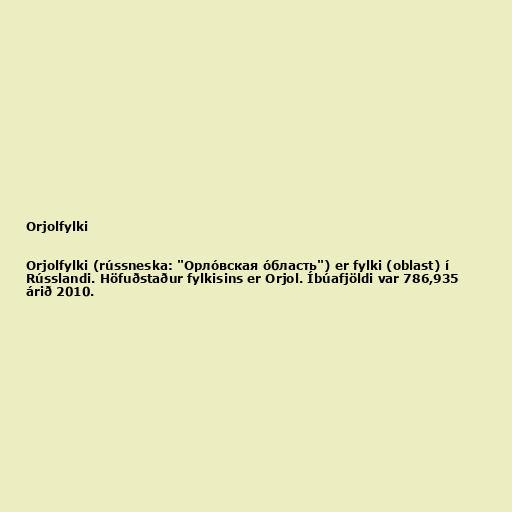
Orjolfylki

Orjolfylki (rússneska: "Орло́вская о́бласть") er fylki (oblast) í
Rússlandi. Höfuðstaður fylkisins er Orjol. Íbúafjöldi var 786,935
árið 2010.